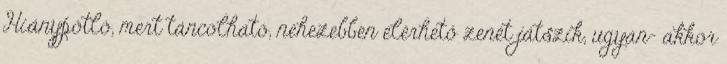
Hiánypótló, mert táncolható, nehezebben elérhető zenét játszik, ugyan- akkor